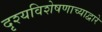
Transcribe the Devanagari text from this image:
दृश्यविशेषणाच्याद्वारे